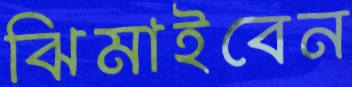
ঝিমাইবেন